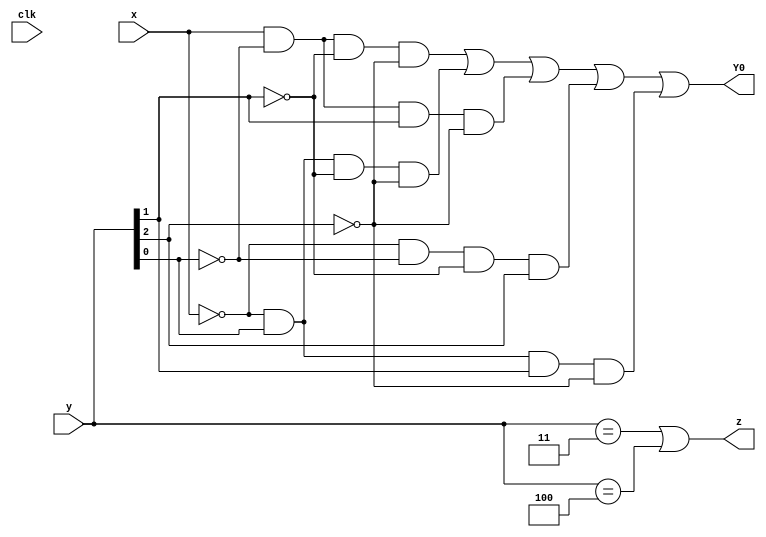
//https://hdlbits.01xz.net/wiki/Exams/2014_q3c

module top_module (
    input clk,
    input [2:0] y,
    input x,
    output Y0,
    output z
);
    parameter A =3'b000,B = 3'b001,C = 3'b010,D = 3'b011,E = 3'b100 ;
    
    assign Y0 = x& ~y[0]&~y[1]&~y[2] | ~x&y[0]&~y[1]&~y[2] | x&~y[0]&y[1]&~y[2] | ~x&~y[0]&~y[1]&y[2] | ~x& y[0]&y[1]&~y[2];

    assign z = (y==D || y ==E);
endmodule